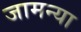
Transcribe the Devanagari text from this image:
जामन्या